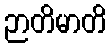
ဉာတိမာတိ